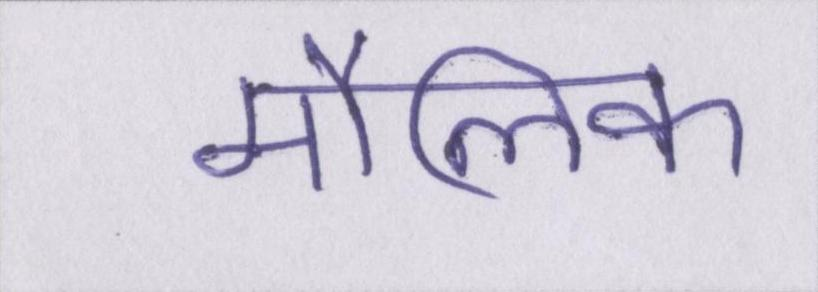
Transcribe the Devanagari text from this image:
मौलिक